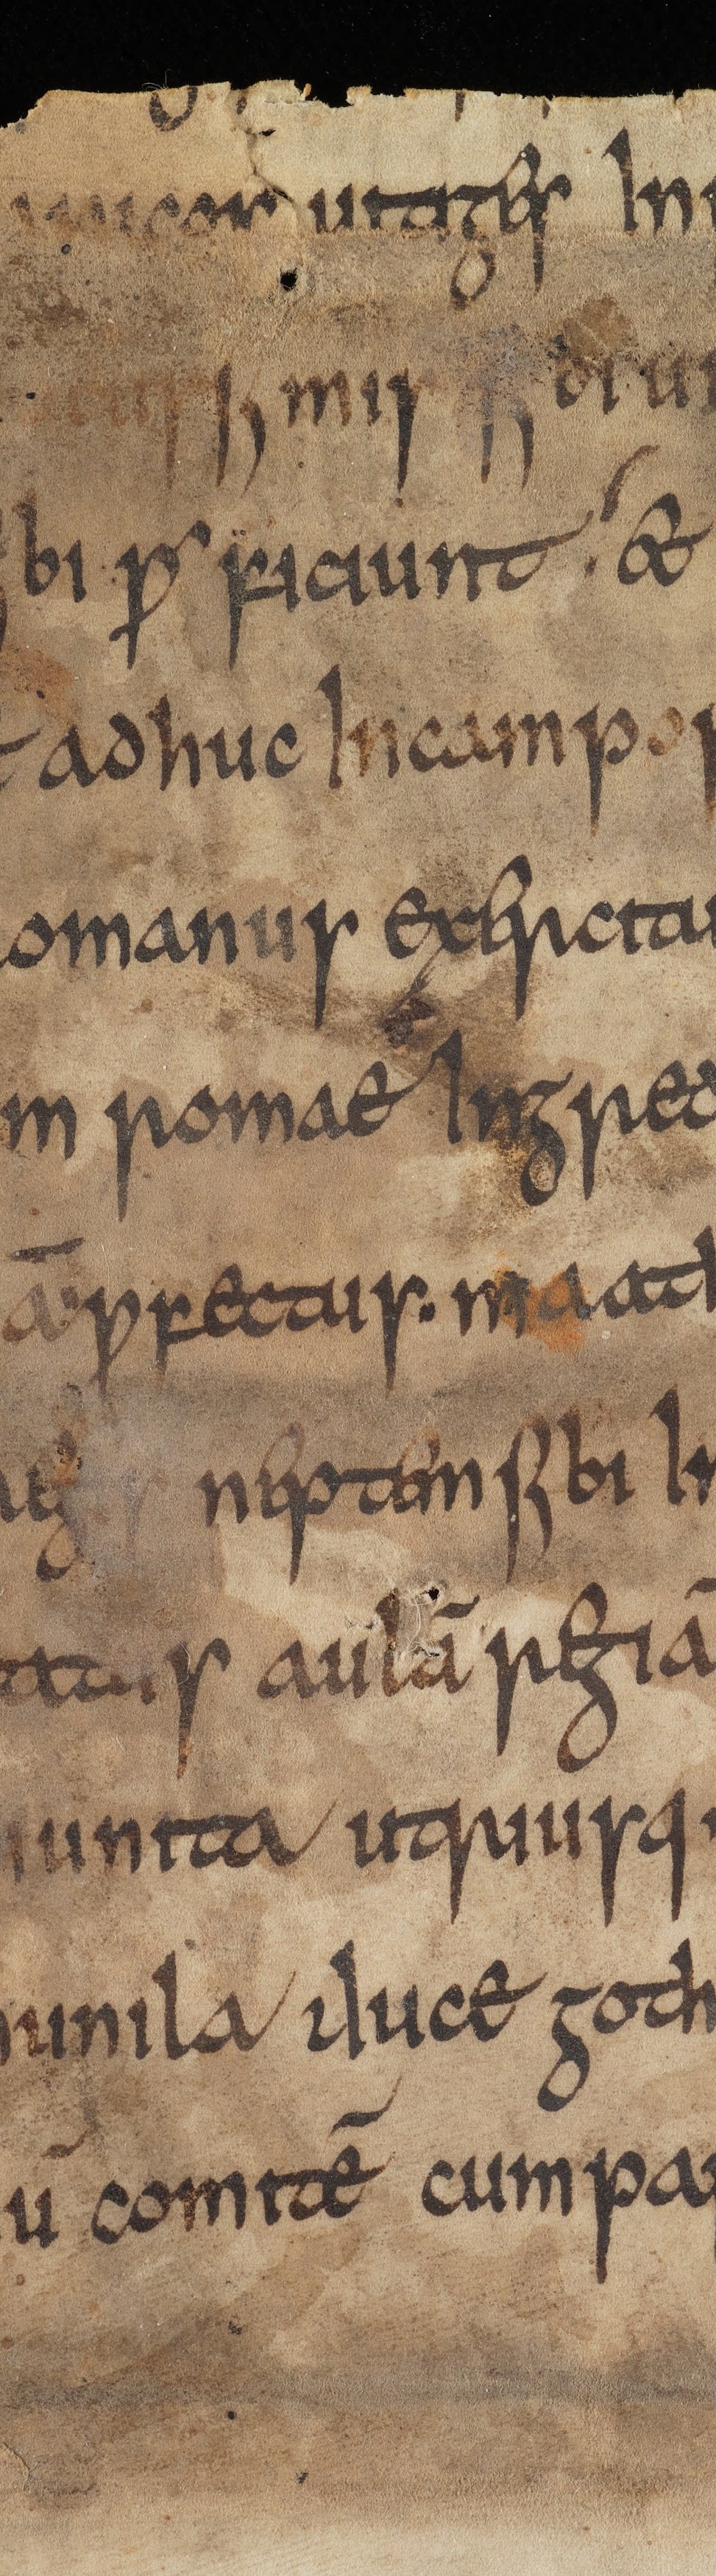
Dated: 815–845